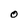
Character: O